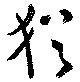
猶